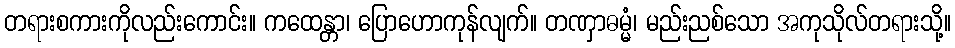
တရားစကားကိုလည်းကောင်း။ ကထေန္တာ၊ ပြောဟောကုန်လျက်။ တဏှာဓမ္မံ၊ မည်းညစ်သော အကုသိုလ်တရားသို့။